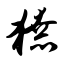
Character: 獠